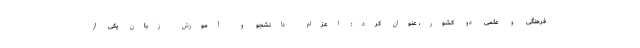
فرهنگی و علمی دو کشور، عنوان کرد: اعزام دانشجو و آموزش زبان یکی از